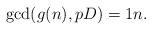
LaTeX: \begin{align*}\gcd(g(n), pD)=1n.\end{align*}